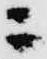
ニ